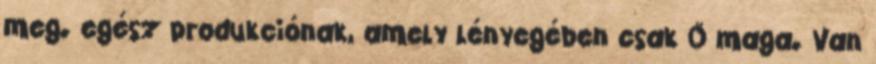
meg. egész produkciónak, amely lényegében csak Ő maga. Van